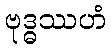
ဗုဒ္ဓဿဟံ